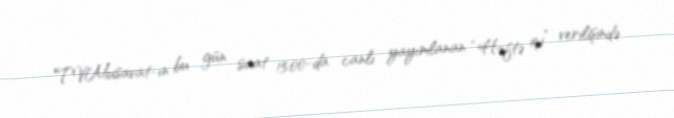
TVMusavat-ın bu gün saat 15:00-da canlı yayımlanan “Həftə içi” verilişində